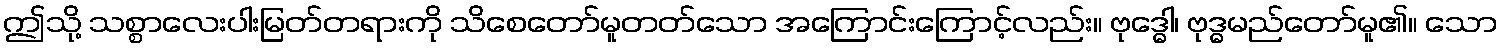
ဤသို့ သစ္စာလေးပါးမြတ်တရားကို သိစေတော်မူတတ်သော အကြောင်းကြောင့်လည်း။ ဗုဒ္ဓေါ၊ ဗုဒ္ဓမည်တော်မူ၏။ သော